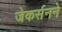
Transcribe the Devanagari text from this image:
जेकर्सनने